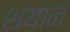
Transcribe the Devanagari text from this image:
शयानं